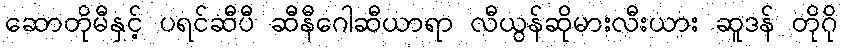
ဆောတိုမီနှင့် ပရင်ဆီပီ ဆီနီဂေါဆီယာရာ လီယွန်ဆိုမားလီးယား ဆူဒန် တိုဂို